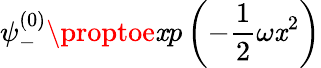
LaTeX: \psi_{-}^{(0)}\proptoe\mathit{x}p\left(-\frac{{1}}{{2}}\omega\mathit{x}^{2}\right)